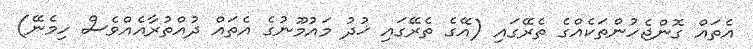
އެތައް ގޮންޖެހުންތަކެއްގެ ތެރޭގައި (އޭގެ ތެރޭގައި ޚުދު މައުމޫނުގެ އެތައް ދުއްތުރާއެއްވެސް ހިމެނޭ)